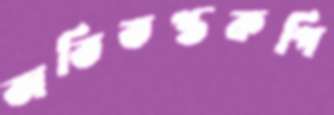
অতিতপ্তকপি